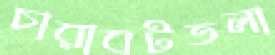
চারাবটতলা